Subject: econ
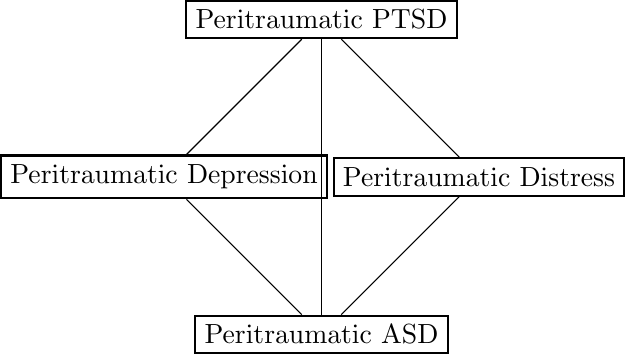
LaTeX code:
        \begin{tikzpicture}
            \begin{scope}[every node/.style={thick,draw}]
                 \node (dp) at (0, 0) {Peritraumatic Depression};
                 \node (ptsd) at (2, 2) {Peritraumatic PTSD};
                 \node (asd) at (2, -2) {Peritraumatic ASD};
                 \node (dt) at (4, 0) {Peritraumatic Distress};
             \end{scope}
             \begin{scope}
                 \path (dp) edge node {} (ptsd);
                 \path (ptsd) edge node {} (dt);
                 \path (asd) edge node {} (dp);
                 \path (asd) edge node {} (ptsd);
                 \path (dt) edge node {} (asd);
             \end{scope}
         \end{tikzpicture}